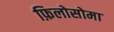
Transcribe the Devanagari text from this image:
फ़िलोसोमा